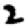
Digit: 2